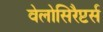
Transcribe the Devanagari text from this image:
वेलोसिरैप्टर्स